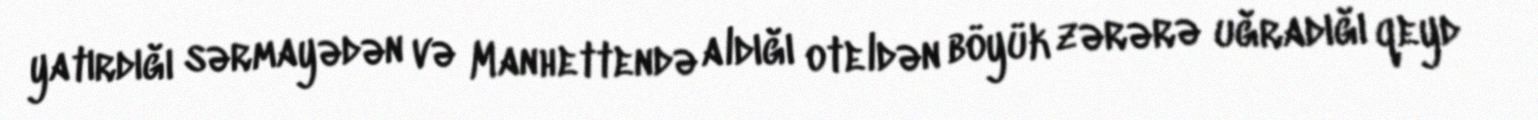
yatırdığı sərmayədən və Manhettendə aldığı oteldən böyük zərərə uğradığı qeyd